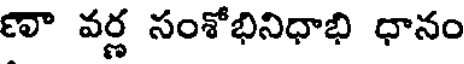
ణా వర్ణ సంశోభినిధాభి ధానం